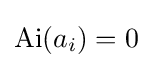
{\text{Ai}}(a_{i})=0